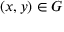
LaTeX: ( x , y ) \in G